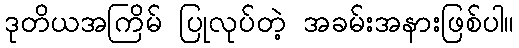
ဒုတိယအကြိမ် ပြုလုပ်တဲ့ အခမ်းအနားဖြစ်ပါ။